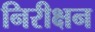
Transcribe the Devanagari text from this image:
निरीक्षन